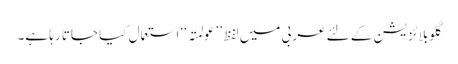
گلوبلائزیشن کے لئے عربی میں لفظ ’’عولمتہ‘‘ استعمال کیا جاتا رہا ہے۔